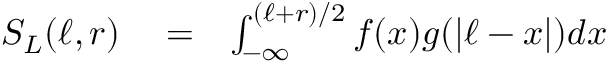
\begin{array} { r l r } { S _ { L } ( \ell , r ) } & { { } = } & { \int _ { - \infty } ^ { ( \ell + r ) / 2 } f ( x ) g ( | \ell - x | ) d x } \end{array}